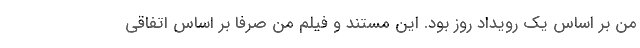
من بر اساس یک رویداد روز بود. این مستند و فیلم من صرفا بر اساس اتفاقی